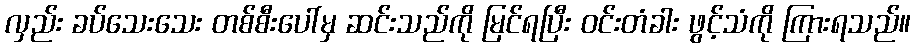
လှည်း ခပ်သေးသေး တစ်စီးပေါ်မှ ဆင်းသည်ကို မြင်ရပြီး ဝင်းတံခါး ဖွင့်သံကို ကြားရသည်။